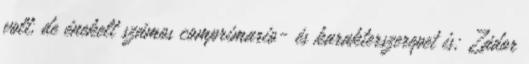
volt, de énekelt számos comprimario- és karakterszerepet is; Zádor